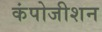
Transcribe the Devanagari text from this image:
कंपोजीशन